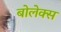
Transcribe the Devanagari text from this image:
बोलेक्स